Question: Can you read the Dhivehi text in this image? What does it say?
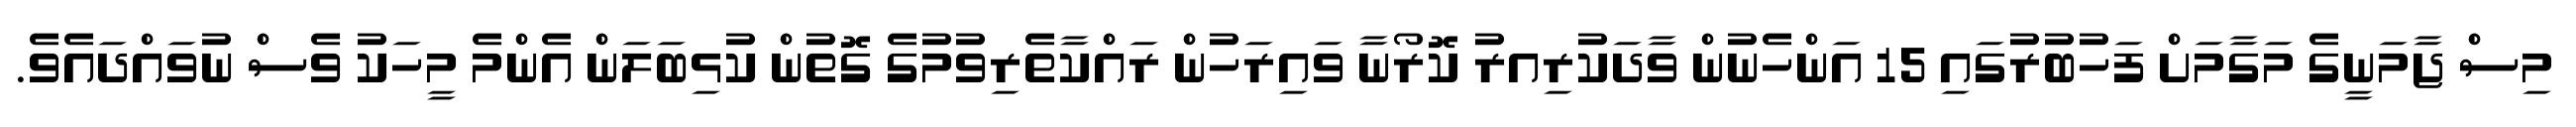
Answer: މިސް ޖާމަނީގެ މަގާމަށް ފަހުބުރުގައި 15 އަންހެނުން ވާދަކުރިއރު ކޮރޯނާ ވައިރަހުން ރައްކާތެރިވުމުގެ ގޮތުން ކުޅިބަލަން އެންމެ މީހަކު ވެސް ނުވައްދައެވެ.